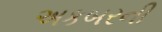
અકબરની